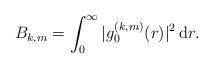
LaTeX: \begin{align*}B_{k,m}=\int_0^\infty |g_0^{(k,m)}(r)|^2\,\mathrm{d}r.\end{align*}